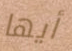
أيها